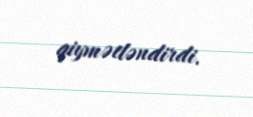
qiymətləndirdi.